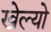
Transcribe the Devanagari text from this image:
खेल्यो